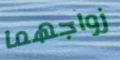
زواجهما